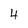
Character: 4